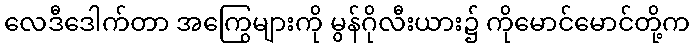
လေဒီဒေါက်တာ အကြွေများကို မွန်ဂိုလီးယား၌ ကိုမောင်မောင်တို့က